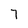
Character: 7